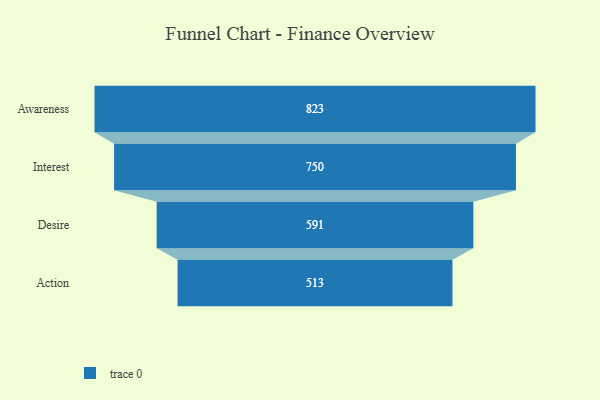
{"axis": {"x": "Stage", "y": "Value"}, "legend": [""], "data": [{"x": "Awareness", "y": 823.0, "type": ""}, {"x": "Interest", "y": 750.0, "type": ""}, {"x": "Desire", "y": 591.0, "type": ""}, {"x": "Action", "y": 513.0, "type": ""}]}